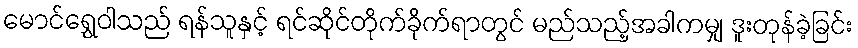
မောင်ရွှေဝါသည် ရန်သူနှင့် ရင်ဆိုင်တိုက်ခိုက်ရာတွင် မည်သည့်အခါကမျှ ဒူးတုန်ခဲ့ခြင်း